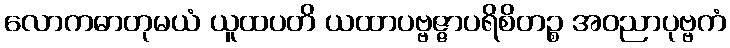
လောကဓာတုမယံ ယူထပတိ ယထာပဗ္ဗဇ္ဇာပရိစိတဉ္စ အဝညာပုဗ္ဗကံ